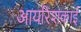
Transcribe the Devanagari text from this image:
आयरिशकाई